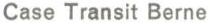
Case Transit Berne